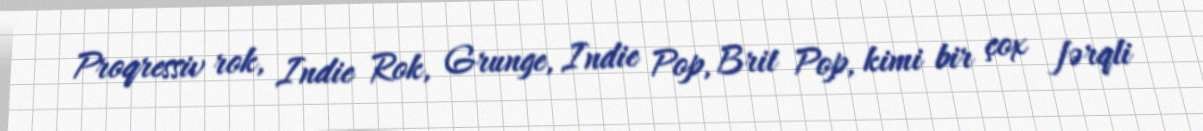
Proqressiv rok, Indie Rok, Grunge, Indie Pop, Brit Pop, kimi bir çox fərqli